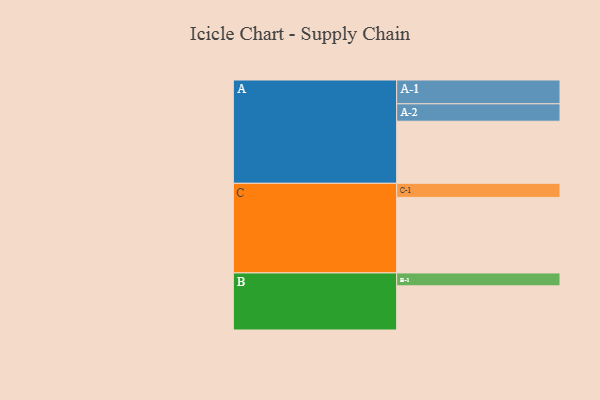
{"axis": {"x": "Segment", "y": "Value"}, "legend": ["", "A", "B", "C"], "data": [{"x": "A", "y": 467, "type": ""}, {"x": "B", "y": 332, "type": ""}, {"x": "C", "y": 568, "type": ""}, {"x": "A-1", "y": 179, "type": "A"}, {"x": "A-2", "y": 131, "type": "A"}, {"x": "B-1", "y": 97, "type": "B"}, {"x": "C-1", "y": 106, "type": "C"}]}